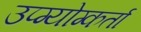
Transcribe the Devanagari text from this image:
उप्ग्योग्कर्ता